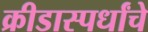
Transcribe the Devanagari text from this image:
क्रीडास्पर्धांचे